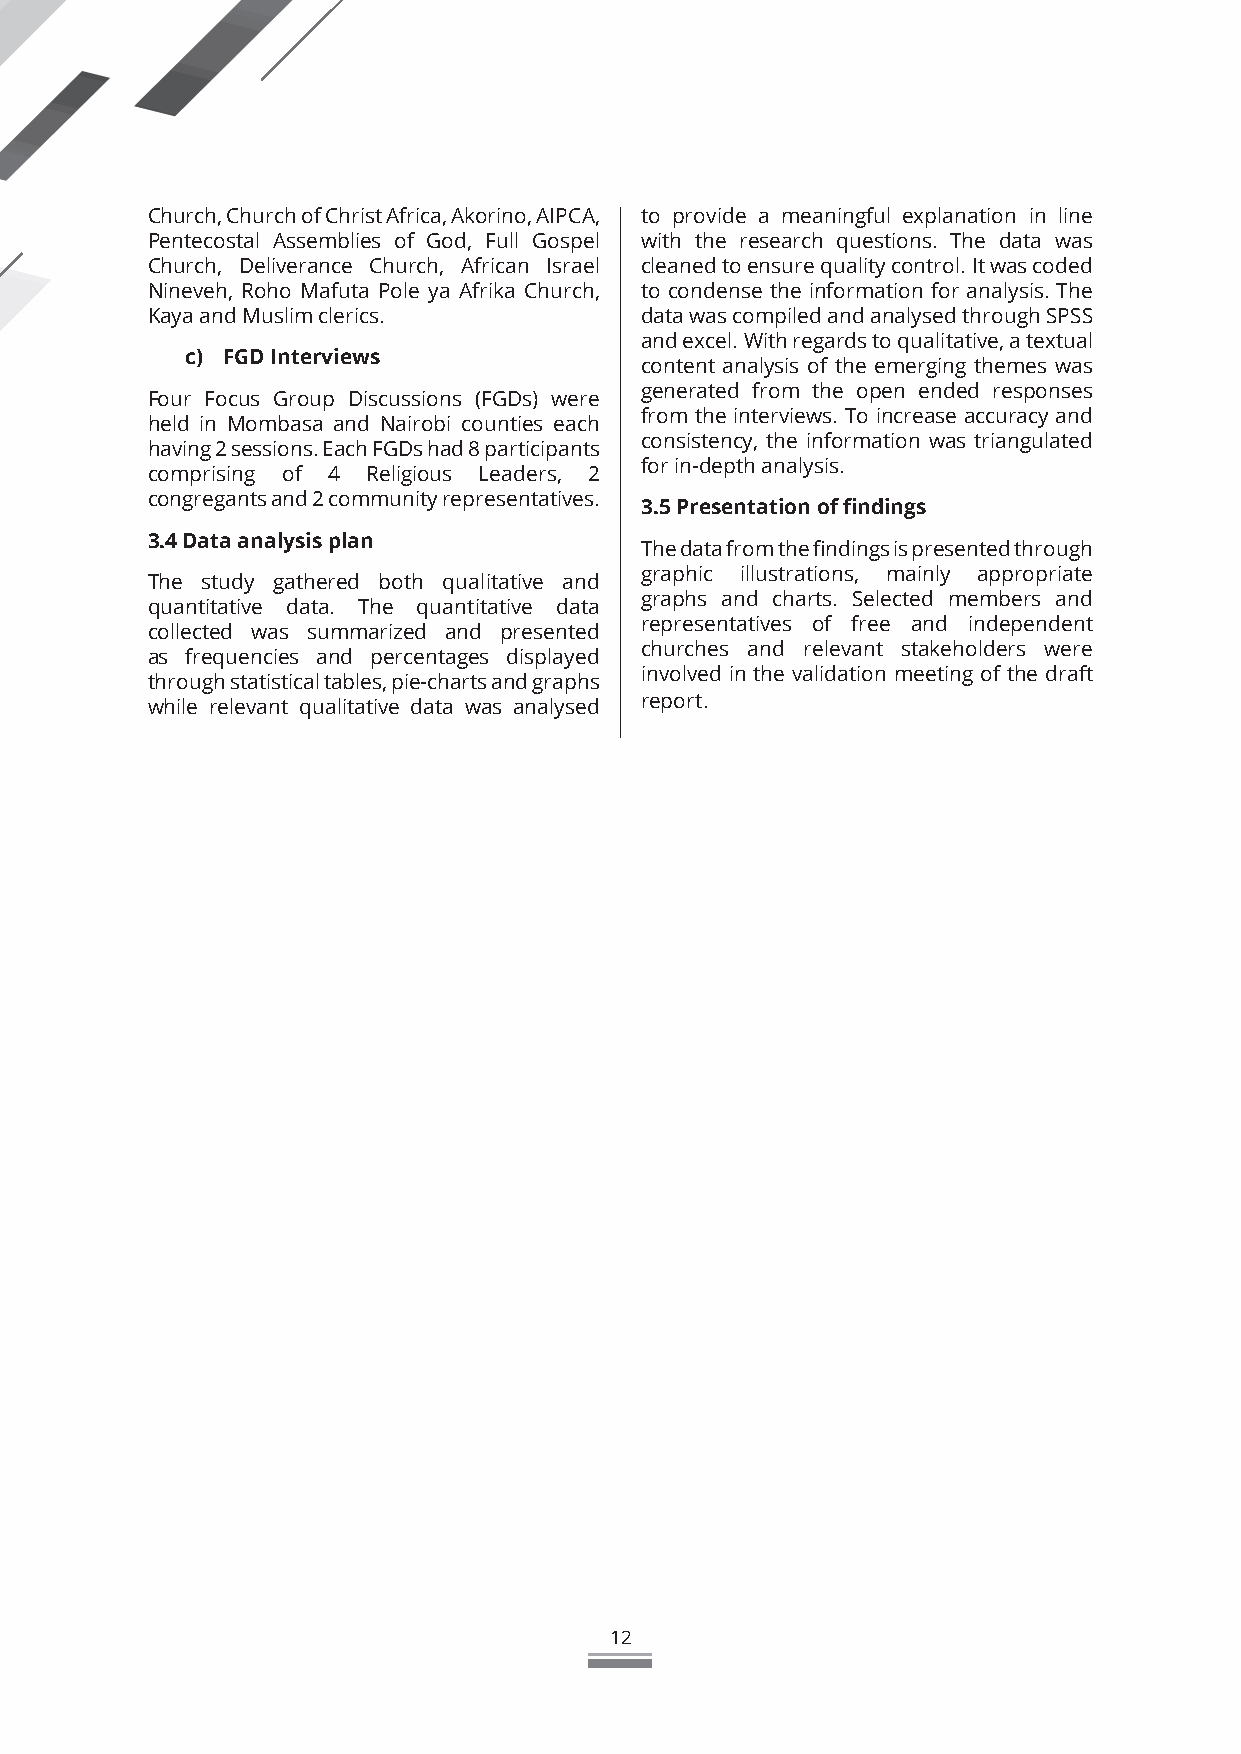
Church, Church of Christ Africa, Akorino, AIPCA, to provide a meaningful explanation in line
 Pentecostal Assemblies of God, Full Gospel with the research questions. The data was
 Church, Deliverance Church, African Israel cleaned to ensure quality control. It was coded
 Nineveh, Roho Mafuta Pole ya Afrika Church, to condense the information for analysis. The
 Kaya and Muslim clerics.        data was compiled and analysed through SPSS
 and excel. With regards to qualitative, a textual
 c) FGD Interviews
 content analysis of the emerging themes was
 generated from the open ended responses
 Four Focus Group Discussions (FGDs) were
 from the interviews. To increase accuracy and
 held in Mombasa and Nairobi counties each
 consistency, the information was triangulated
 having 2 sessions. Each FGDs had 8 participants
 for in-depth analysis.
 comprising of 4 Religious Leaders, 2
 congregants and 2 community representatives.
 3.5 Presentation of findings
 3.4 Data analysis plan
 The data from the findings is presented through
 graphic illustrations, mainly appropriate
 The study gathered both qualitative and
 graphs and charts. Selected members and
 quantitative data. The quantitative data
 representatives of free and independent
 collected was summarized and presented
 churches and relevant stakeholders were
 as frequencies and percentages displayed
 involved in the validation meeting of the draft
 through statistical tables, pie-charts and graphs
 while relevant qualitative data was analysed report.
 12